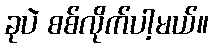
ခုပဲ စစ်လိုက်ပါ့မယ်။